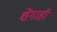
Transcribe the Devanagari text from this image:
शेंगाही